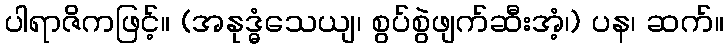
ပါရာဇိကဖြင့်။ (အနုဒ္ဓံသေယျ၊ စွပ်စွဲဖျက်ဆီးအံ့၊) ပန၊ ဆက်။